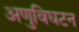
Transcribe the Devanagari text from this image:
अणुविघटन